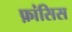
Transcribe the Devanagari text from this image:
फ़ांसिस